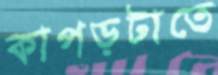
কাপড়টাতে